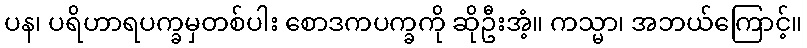
ပန၊ ပရိဟာရပက္ခမှတစ်ပါး စောဒကပက္ခကို ဆိုဦးအံ့။ ကသ္မာ၊ အဘယ်ကြောင့်။